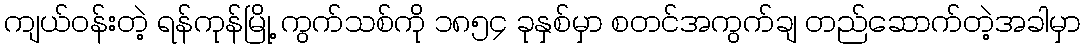
ကျယ်ဝန်းတဲ့ ရန်ကုန်မြို့ ကွက်သစ်ကို ၁၈၅၄ ခုနှစ်မှာ စတင်အကွက်ချ တည်ဆောက်တဲ့အခါမှာ